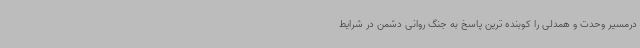
درمسیر وحدت و همدلی را کوبنده ترین پاسخ به جنگ روانی دشمن در شرایط